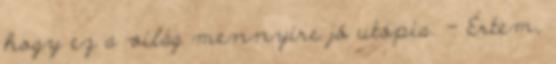
hogy ez a világ mennyire jó utópia. - Értem,